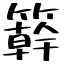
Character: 簳